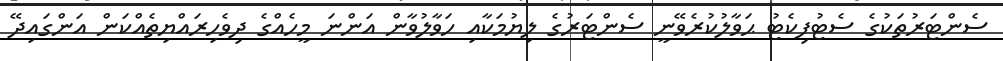
ސެންޓަރުތަކުގެ ސެޓުފިކެޓު ޙަވާލުކުރެވޭނީ ސެންޓަރުގެ ލިޔުމަކާއި ހަވާލުވާން އަންނަ މީހެއްގެ ދިވެހިރައްޔިތެއްކަން އަންގައިދޭ